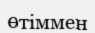
өтіммен